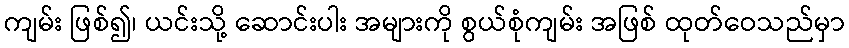
ကျမ်း ဖြစ်၍၊ ယင်းသို့ ဆောင်းပါး အများကို စွယ်စုံကျမ်း အဖြစ် ထုတ်ဝေသည်မှာ